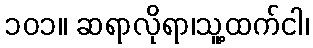
၁၀၁။ ဆရာလိုရာ၊သူ့ထက်ငါ၊